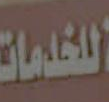
للخدمات